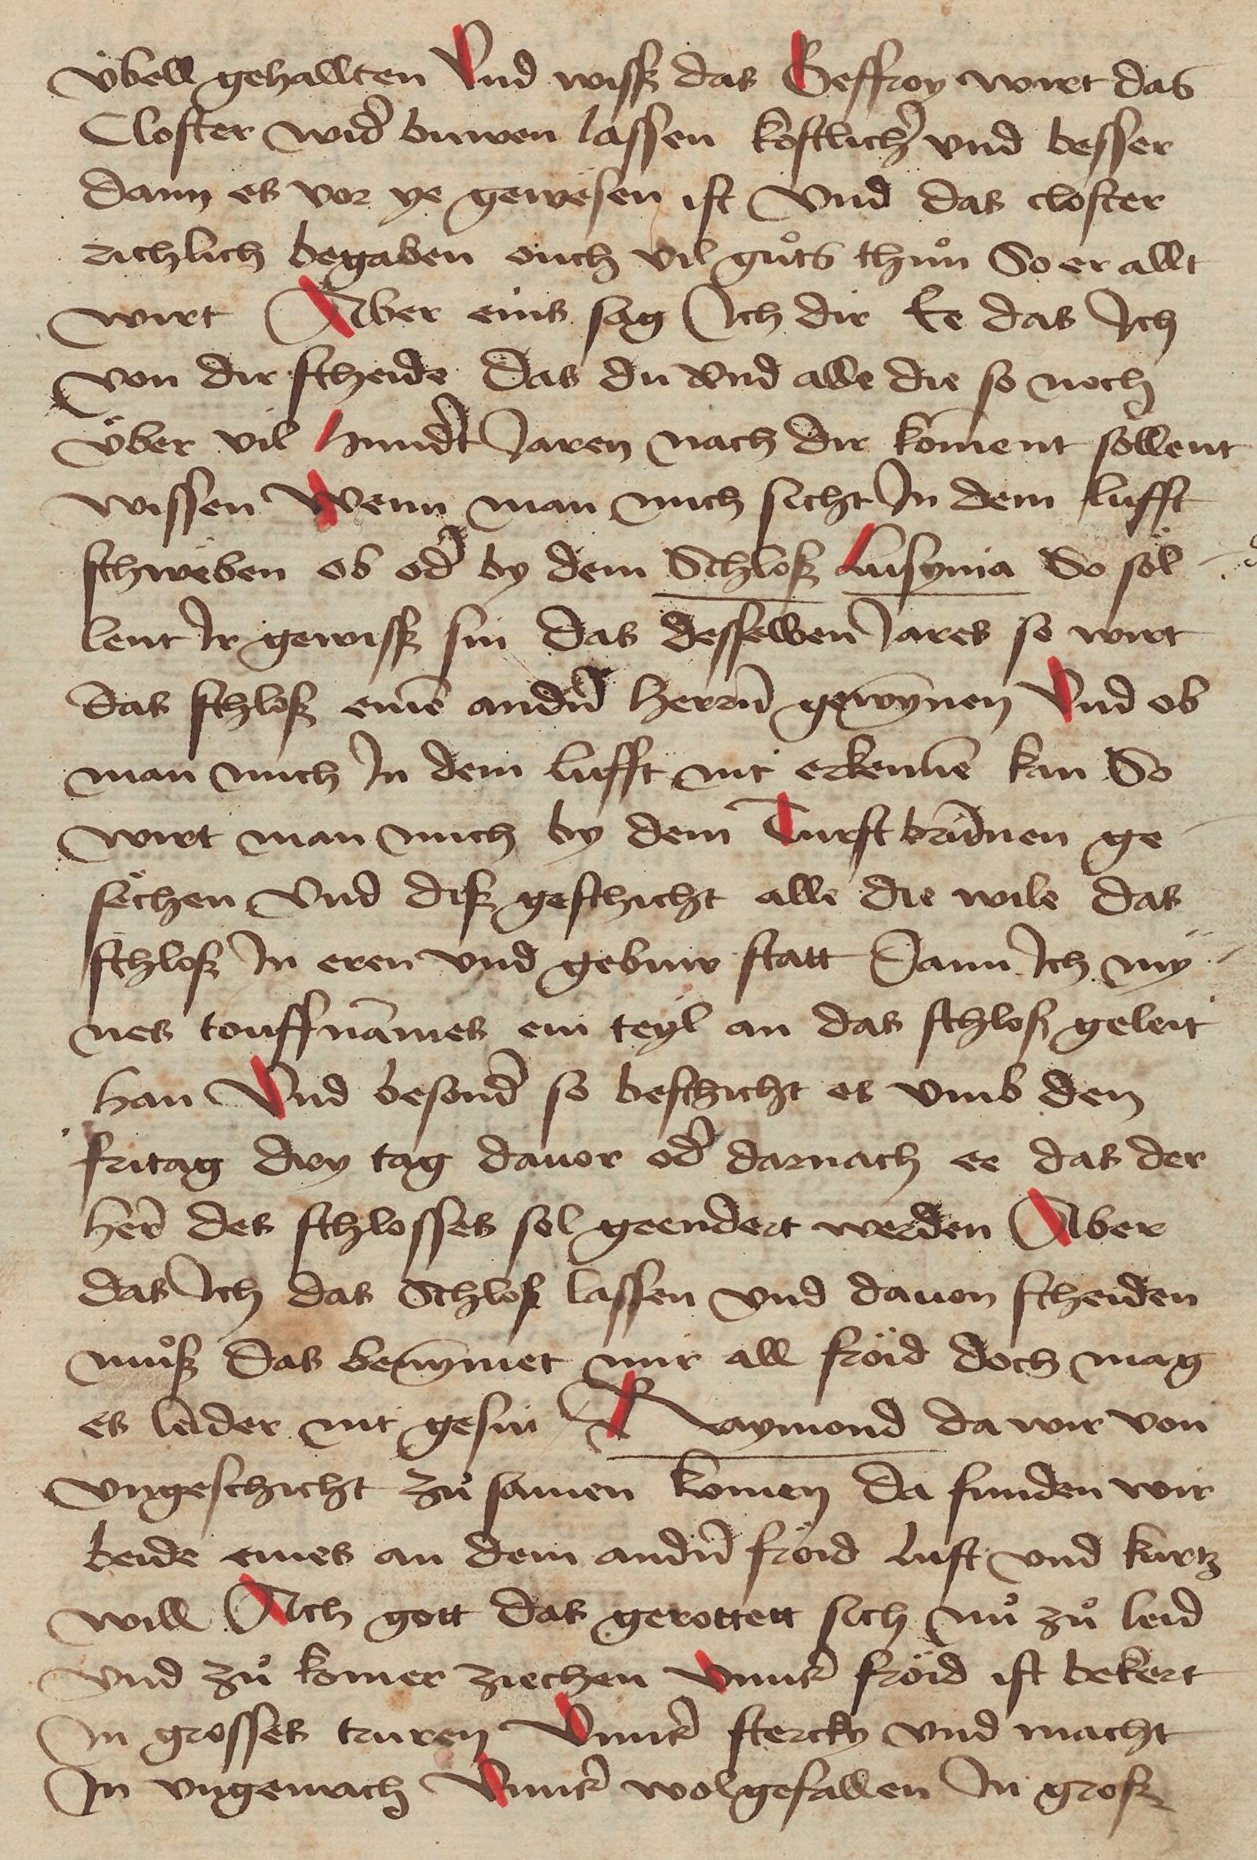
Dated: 1471–1471